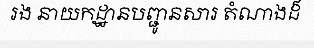
រង នាយកដ្ឋានបញ្ជូនសារ តំណាងដ៏